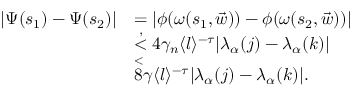
\begin{array} { r l } { | \Psi ( s _ { 1 } ) - \Psi ( s _ { 2 } ) | } & { = | \phi ( \omega ( s _ { 1 } , \vec { w } ) ) - \phi ( \omega ( s _ { 2 } , \vec { w } ) ) | } \\ & { \overset { , } < 4 \gamma _ { n } \langle l \rangle ^ { - \tau } | \lambda _ { \alpha } ( j ) - \lambda _ { \alpha } ( k ) | } \\ & { \overset < 8 \gamma \langle l \rangle ^ { - \tau } | \lambda _ { \alpha } ( j ) - \lambda _ { \alpha } ( k ) | . } \end{array}